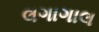
લગાગાલ